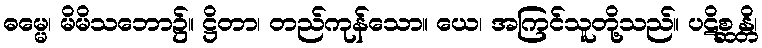
ဓမ္မေ၊ မိမိသဘော၌။ ဋ္ဌိတာ၊ တည်ကုန်သော။ ယေ၊ အကြင်သူတို့သည်။ ပဋိစ္ဆန္တိ၊